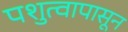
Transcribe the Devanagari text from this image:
पशुत्वापासून